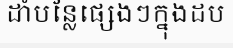
ដាំបន្លែផ្សេងៗក្នុងដប